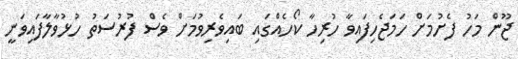
ޖޫން މަހު ފެށުމަށް ހަމަޖެހިފައިވާ ހުރިހާ ކޯހެއްގައި ބައިވެރިވުމަށް ވެސް ފުރުސަތު ހުޅުވާލާފައިވަނީ